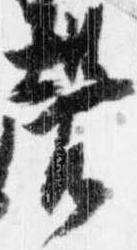
声